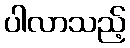
ပါလာသည့်